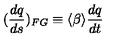
( \frac { d q } { d s } ) _ { F G } \equiv \langle \beta \rangle \frac { d q } { d t }